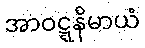
အာဝဋ္ဋနိမာယံ